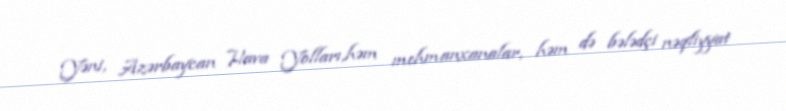
Yəni, Azərbaycan Hava Yolları,həm mehmanxanalar, həm də bələdçi nəqliyyat